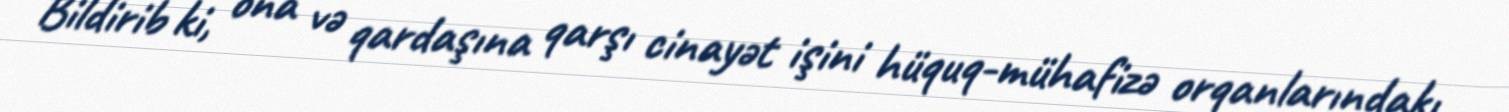
Bildirib ki, ona və qardaşına qarşı cinayət işini hüquq-mühafizə orqanlarındakı